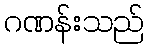
ဂဏန်းသည်